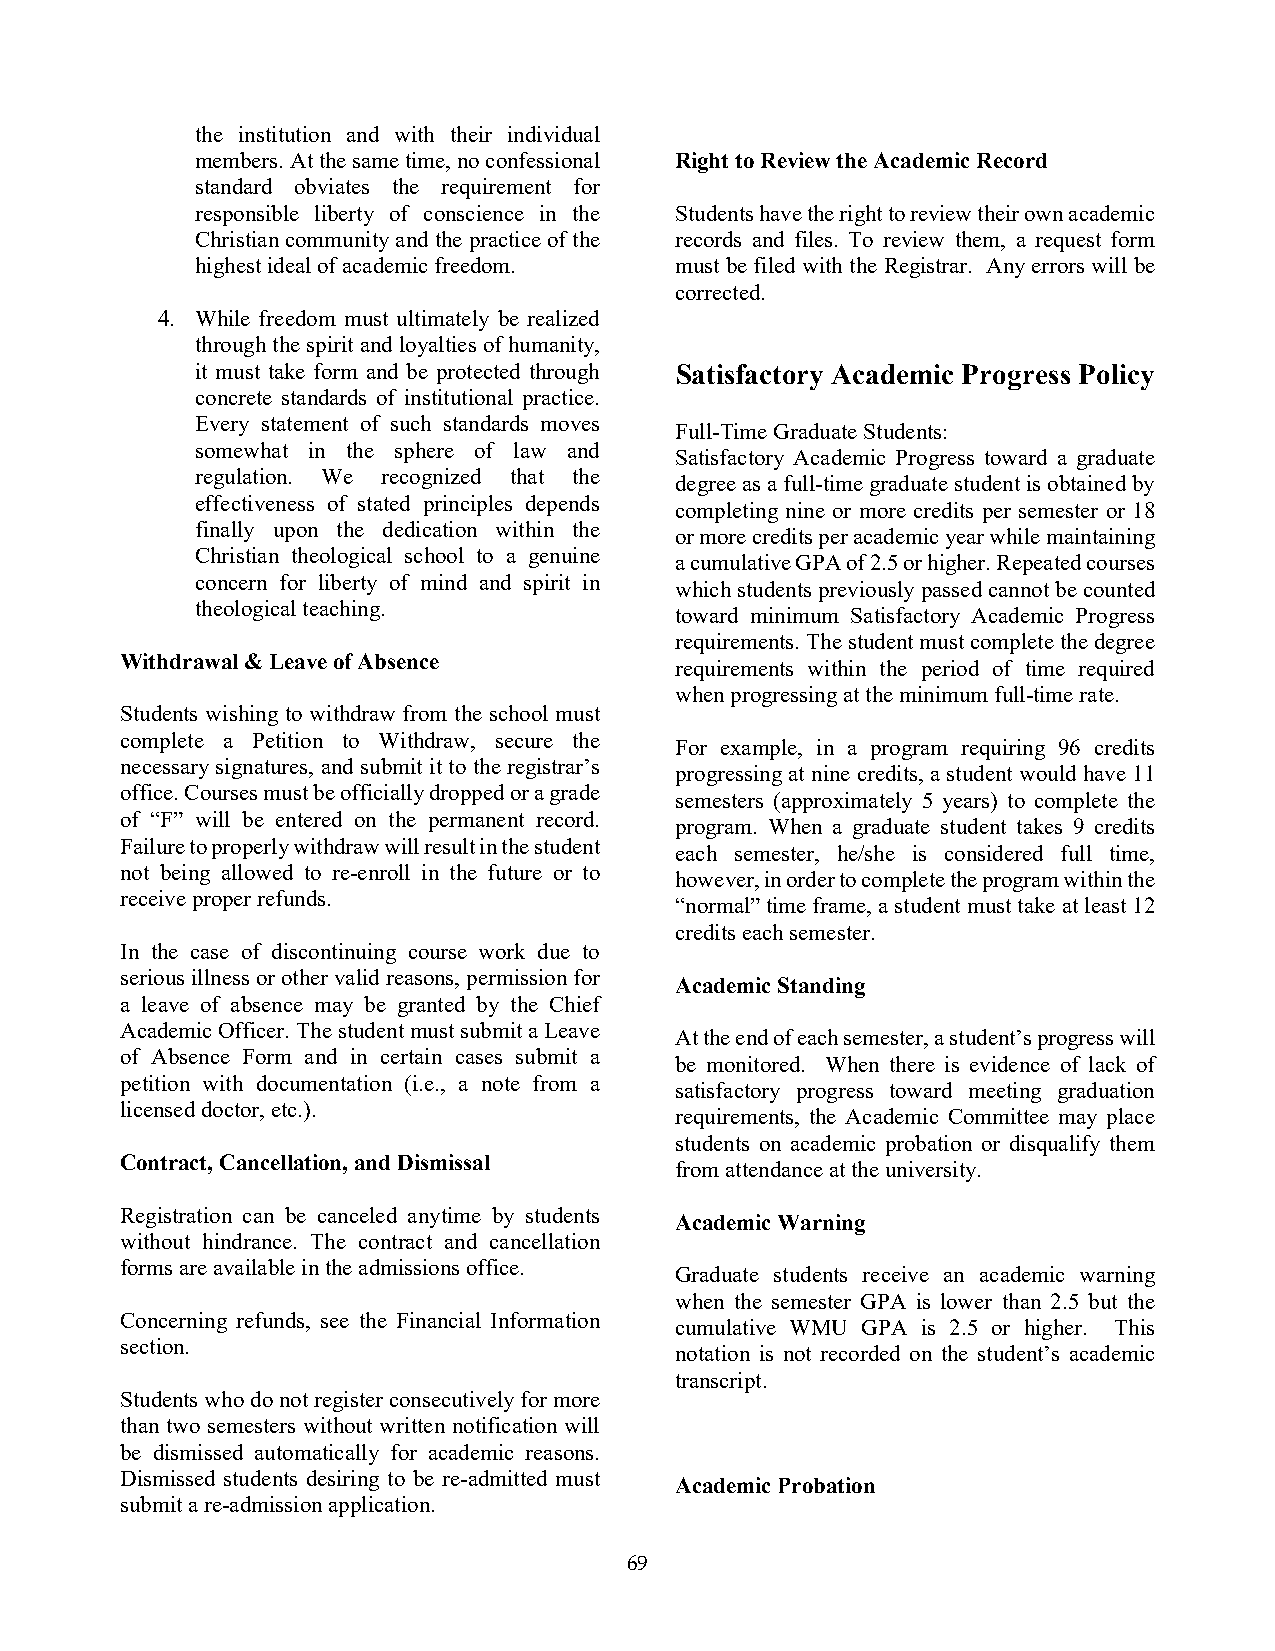
the institution and with their individual
 members. At the same time, no confessional Right to Review the Academic Record
 standard obviates the requirement for
 responsible liberty of conscience in the Students have the right to review their own academic
 Christian community and the practice of the records and files. To review them, a request form
 highest ideal of academic freedom. must be filed with the Registrar. Any errors will be
 corrected.
 4. While freedom must ultimately be realized
 through the spirit and loyalties of humanity,
 it must take form and be protected through Satisfactory Academic Progress Policy
 concrete standards of institutional practice.
 Every statement of such standards moves
 Full-Time Graduate Students:
 somewhat in the sphere of law and
 Satisfactory Academic Progress toward a graduate
 regulation. We recognized that the
 degree as a full-time graduate student is obtained by
 effectiveness of stated principles depends
 completing nine or more credits per semester or 18
 finally upon the dedication within the
 or more credits per academic year while maintaining
 Christian theological school to a genuine
 a cumulative GPA of 2.5 or higher. Repeated courses
 concern for liberty of mind and spirit in
 which students previously passed cannot be counted
 theological teaching.
 toward minimum Satisfactory Academic Progress
 requirements. The student must complete the degree
 Withdrawal & Leave of Absence
 requirements within the period of time required
 when progressing at the minimum full-time rate.
 Students wishing to withdraw from the school must
 complete a Petition to Withdraw, secure the
 For example, in a program requiring 96 credits
 necessary signatures, and submit it to the registrar’s
 progressing at nine credits, a student would have 11
 office. Courses must be officially dropped or a grade
 semesters (approximately 5 years) to complete the
 of “F” will be entered on the permanent record.
 program. When a graduate student takes 9 credits
 Failure to properly withdraw will result in the student
 each semester, he/she is considered full time,
 not being allowed to re-enroll in the future or to
 however, in order to complete the program within the
 receive proper refunds.
 “normal” time frame, a student must take at least 12
 credits each semester.
 In the case of discontinuing course work due to
 serious illness or other valid reasons, permission for
 Academic Standing
 a leave of absence may be granted by the Chief
 Academic Officer. The student must submit a Leave
 At the end of each semester, a student’s progress will
 of Absence Form and in certain cases submit a
 be monitored. When there is evidence of lack of
 petition with documentation (i.e., a note from a
 satisfactory progress toward meeting graduation
 licensed doctor, etc.).
 requirements, the Academic Committee may place
 students on academic probation or disqualify them
 Contract, Cancellation, and Dismissal
 from attendance at the university.
 Registration can be canceled anytime by students
 Academic Warning
 without hindrance. The contract and cancellation
 forms are available in the admissions office.
 Graduate students receive an academic warning
 when the semester GPA is lower than 2.5 but the
 Concerning refunds, see the Financial Information
 cumulative WMU GPA is 2.5 or higher. This
 section.
 notation is not recorded on the student’s academic
 transcript.
 Students who do not register consecutively for more
 than two semesters without written notification will
 be dismissed automatically for academic reasons.
 Dismissed students desiring to be re-admitted must
 Academic Probation
 submit a re-admission application.
 69